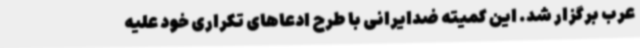
عرب برگزار شد. این کمیته ضدایرانی با طرح ادعاهای تکراری خود علیه